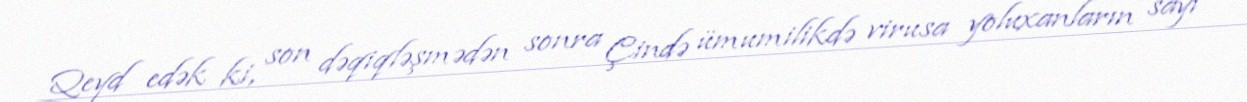
Qeyd edək ki, son dəqiqləşmədən sonra Çində ümumilikdə virusa yoluxanların sayı